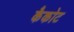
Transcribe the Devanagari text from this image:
कैकोट